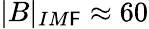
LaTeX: |B|_{IM\mathsf{F}}\approx60